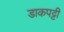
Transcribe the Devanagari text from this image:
डाकपट्टी